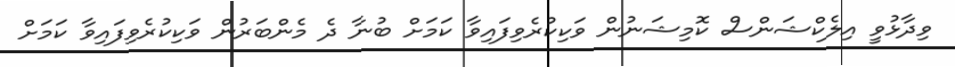
ވިދާޅުވީ އިލެކްޝަންސް ކޮމިޝަނުން ވަކިކުރެވިފައިވާ ކަމަށް ބުނާ ދެ މެންބަރުން ވަކިކުރެވިފައިވާ ކަމަށް